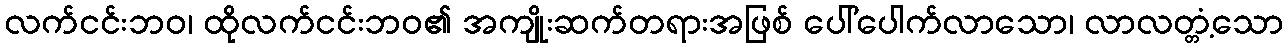
လက်ငင်းဘဝ၊ ထိုလက်ငင်းဘဝ၏ အကျိုးဆက်တရားအဖြစ် ပေါ်ပေါက်လာသော၊ လာလတ္တံ့သော